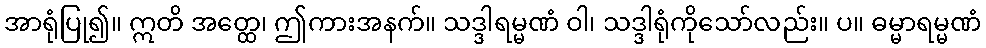
အာရုံပြု၍။ ဣတိ အတ္ထေ၊ ဤကားအနက်။ သဒ္ဒါရမ္မဏံ ဝါ၊ သဒ္ဒါရုံကိုသော်လည်း။ ပ။ ဓမ္မာရမ္မဏံ